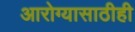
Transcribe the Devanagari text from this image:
आरोग्यासाठीही